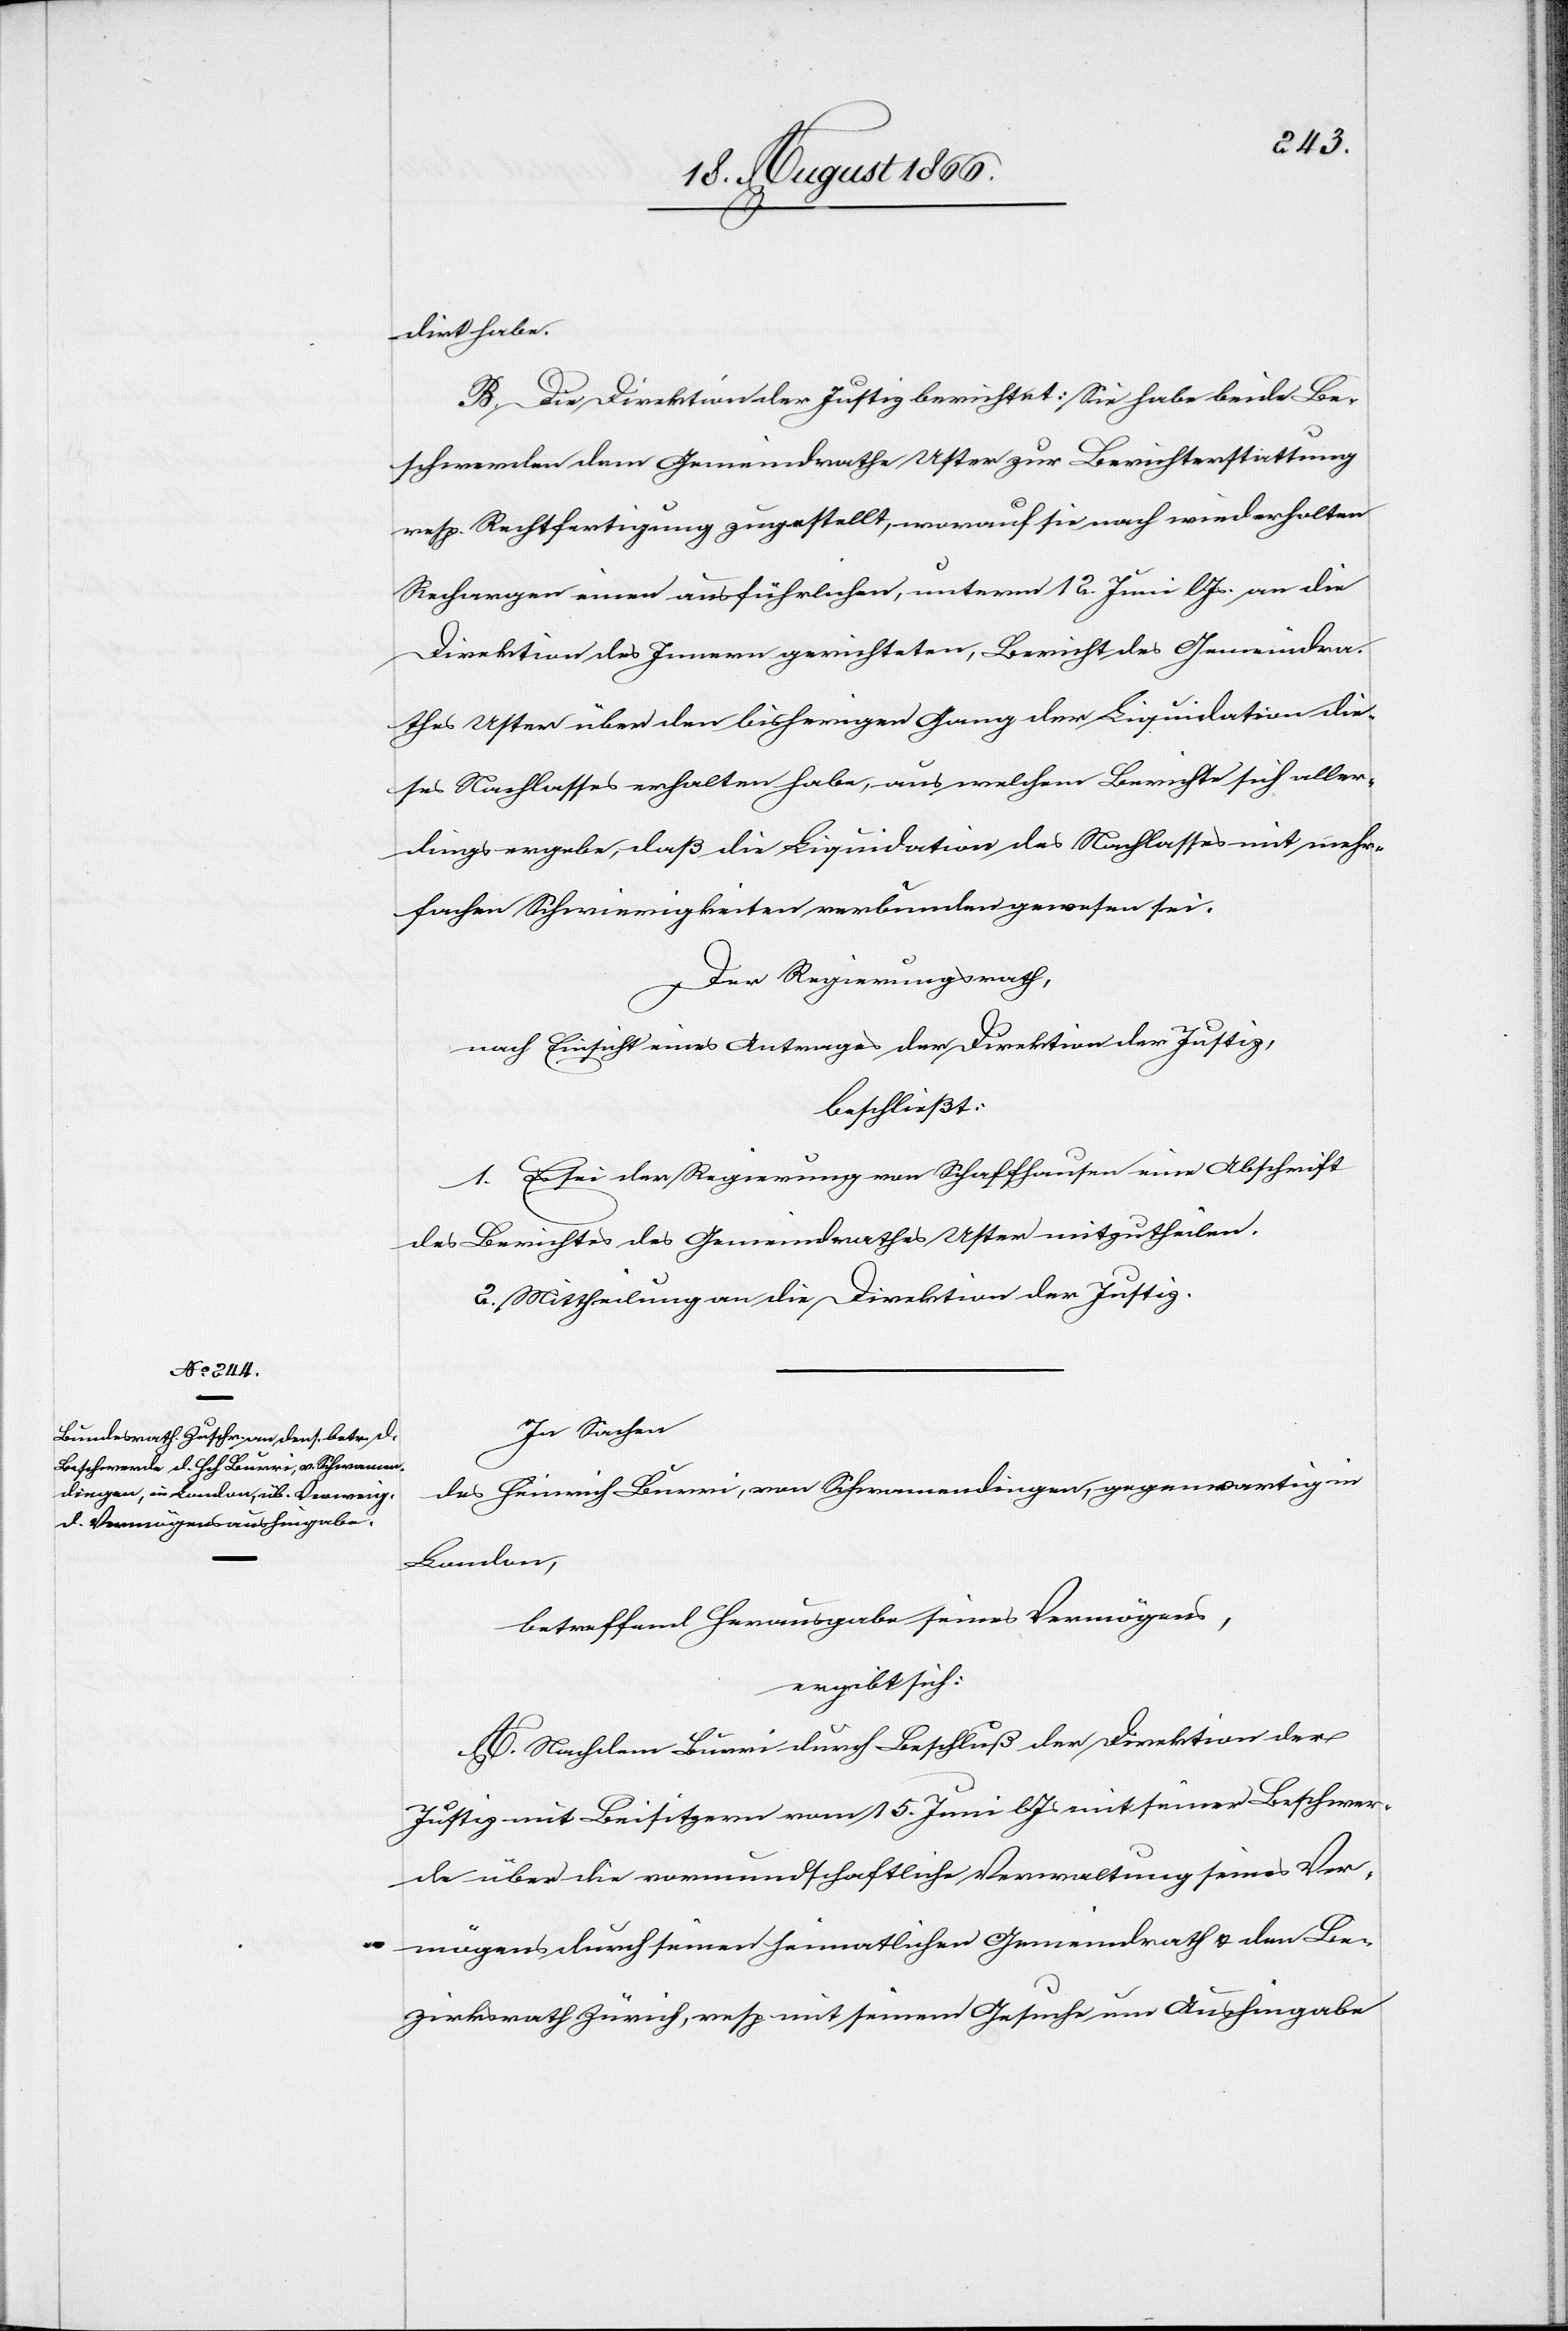
dirt habe.
B. Die Direktion der Justiz berichtet: Sie habe beide Be¬
schwerden dem Gemeindrath Uster zur Berichterstattung
resp. Rechtfertigung zugestellt, worauf sie nach wiederholten
Rechargen einen ausführlichen, unterm 12. Juni lJs. an die
Direktion des Innern gerichteten, Bericht des Gemeindra¬
thes Uster über den bisherigen Gang der Liquidation die¬
ses Nachlasses erhalten habe, aus welchem Bericht sich aller¬
dings ergebe, daß die Liquidation des Nachlasses mit mehr¬
fachen Schwierigkeiten verbunden gewesen sei.
Der Regierungsrath,
nach Einsicht eines Antrages der Direktion der Justiz,
beschließt:
1. Es sei der Regierung von Schaffhausen eine Abschrift
des Berichtes des Gemeindrathes Uster mitzutheilen.
2. Mittheilung an die Direktion der Justiz.
In Sachen
des Heinrich Burri, von Schwamendingen, gegenwartig in
London,
betreffend Herausgabe seines Vermögens,
ergibt sich:
A. Nachdem Burri durch Beschluß der Direktion der
Justiz mit Beisitzern vom 5. Juni lJs. mit seiner Beschwer¬
de über die vormundschaftliche Verwaltung seines Ver¬
mögens durch seinen heimatlichen Gemeindrath u. den Be¬
zirksrath Zürich, resp. mit seinem Gesuche um Aushingabe